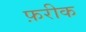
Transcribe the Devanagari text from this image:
फ़रीक